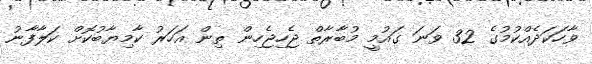
ވާހަކަދެއްކުމުގެ 32 ވަނަ ގައުމީ މުބާރާތް ޖެހިޖެހިން ތިން އަހަރު ކާމިޔާބުކޮށް ކަލާފާނު